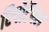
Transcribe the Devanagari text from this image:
रिपोर्टेबल